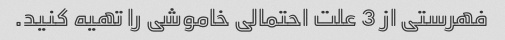
فهرستی از 3 علت احتمالی خاموشی را تهیه کنید.